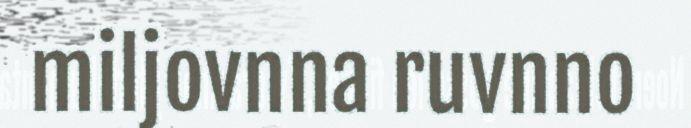
miljovnna ruvnno